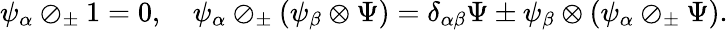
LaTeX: \psi_{\alpha}\oslash_{\pm}1=0,\quad\psi_{\alpha}\oslash_{\pm}(\psi_{\beta}\otimes\Psi)=\delta_{\alpha\beta}\Psi\pm\psi_{\beta}\otimes(\psi_{\alpha}\oslash_{\pm}\Psi).